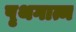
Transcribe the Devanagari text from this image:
पृथगात्म